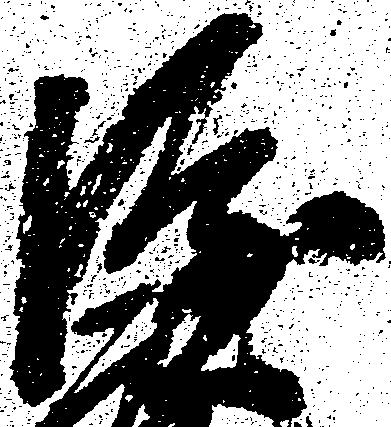
隆